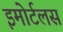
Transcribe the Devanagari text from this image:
इमोर्टलस